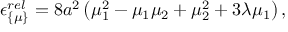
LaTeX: \epsilon _ { \{ \mu \} } ^ { r e l } = 8 a ^ { 2 } \left( \mu _ { 1 } ^ { 2 } - \mu _ { 1 } \mu _ { 2 } + \mu _ { 2 } ^ { 2 } + 3 \lambda \mu _ { 1 } \right) ,